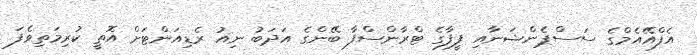
އެފްއޭއެމްގެ ސަސްޕެންޝަނާއި ފީފާގެ ޓްރާންސްފާ ބޭންގެ އަދަބު ނިއު ރެޑިއަންޓަށް އޮތީ ކުރިމަތިވެފަ